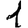
Digit: 1